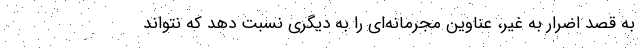
به قصد اضرار به غیر، عناوین مجرمانه‌ای را به دیگری نسبت دهد که نتواند